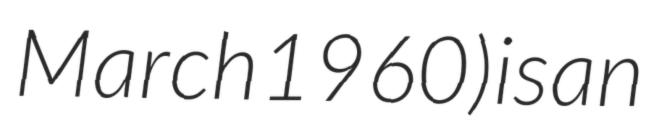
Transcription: March 1960) is an